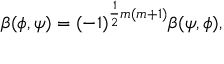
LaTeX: \beta ( \phi , \psi ) = ( - 1 ) ^ { { \frac { 1 } { 2 } } m ( m + 1 ) } \beta ( \psi , \phi ) ,